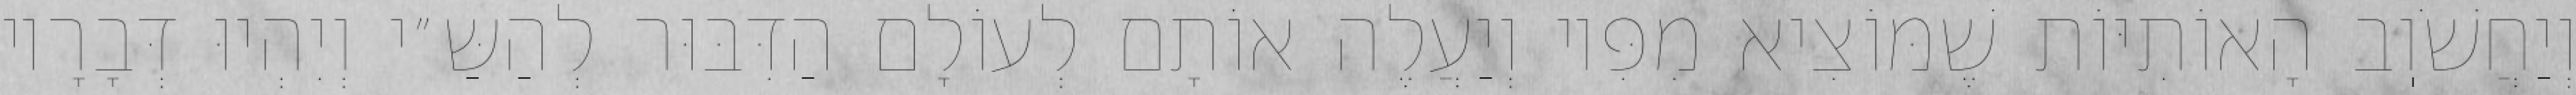
וְיַחֲשֹׁוֽב הָאוֹתִיּוֹת שֶׁמּוֹצִיא מִפִּיו וְיַעֲלֶה אוֹתָם לְעוֹלָם הַדִּבּוּר לְהַשַּ״י וְיִהְיוּ דְּבָרָיו